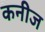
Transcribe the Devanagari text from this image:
कनीज